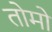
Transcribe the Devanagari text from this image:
तोमो